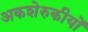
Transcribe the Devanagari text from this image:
अकशेरुकीयों